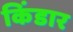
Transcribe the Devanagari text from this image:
किंडार